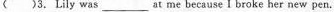
( )3.Lily was___at me because I broke her new pen.